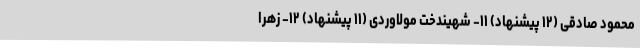
محمود صادقی (۱۲ پیشنهاد) ۱۱- شهیندخت مولاوردی (۱۱ پیشنهاد) ۱۲- زهرا